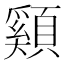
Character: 䫣